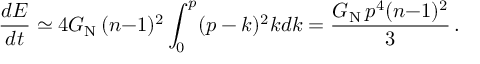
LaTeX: \frac { d E } { d t } \simeq 4 G _ { \mathrm { N } } \, ( n { - } 1 ) ^ { 2 } \int _ { 0 } ^ { p } ( p - k ) ^ { 2 } k d k = \frac { G _ { \mathrm { N } } \, p ^ { 4 } ( n { - } 1 ) ^ { 2 } } { 3 } \, .